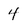
Character: 4